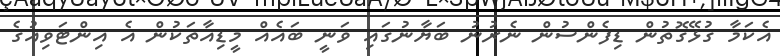
އެކަމާ ގުޅޭގޮތުން ޑިފެންސުން ނެރުނު ބަޔާނުގައި ވަނީ ބައެއް މީޑިއާތަކުން އެ އިންޓަވިއުގެ